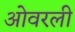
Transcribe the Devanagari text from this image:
ओवरली